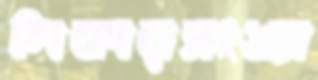
শিকারসংখ্যা